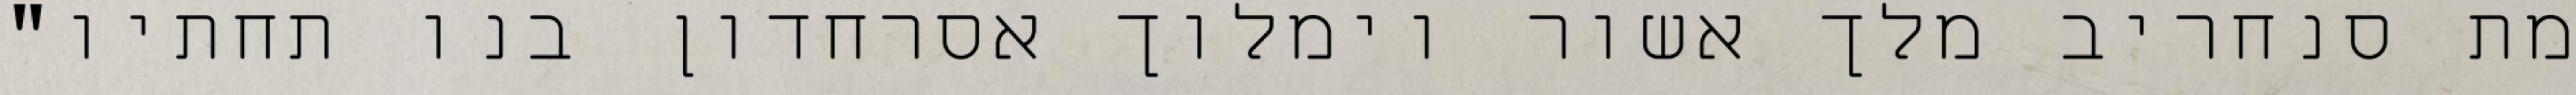
מת סנחריב מלך אשור וימלוך אסרחדון בנו תחתיו"